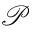
\mathcal P